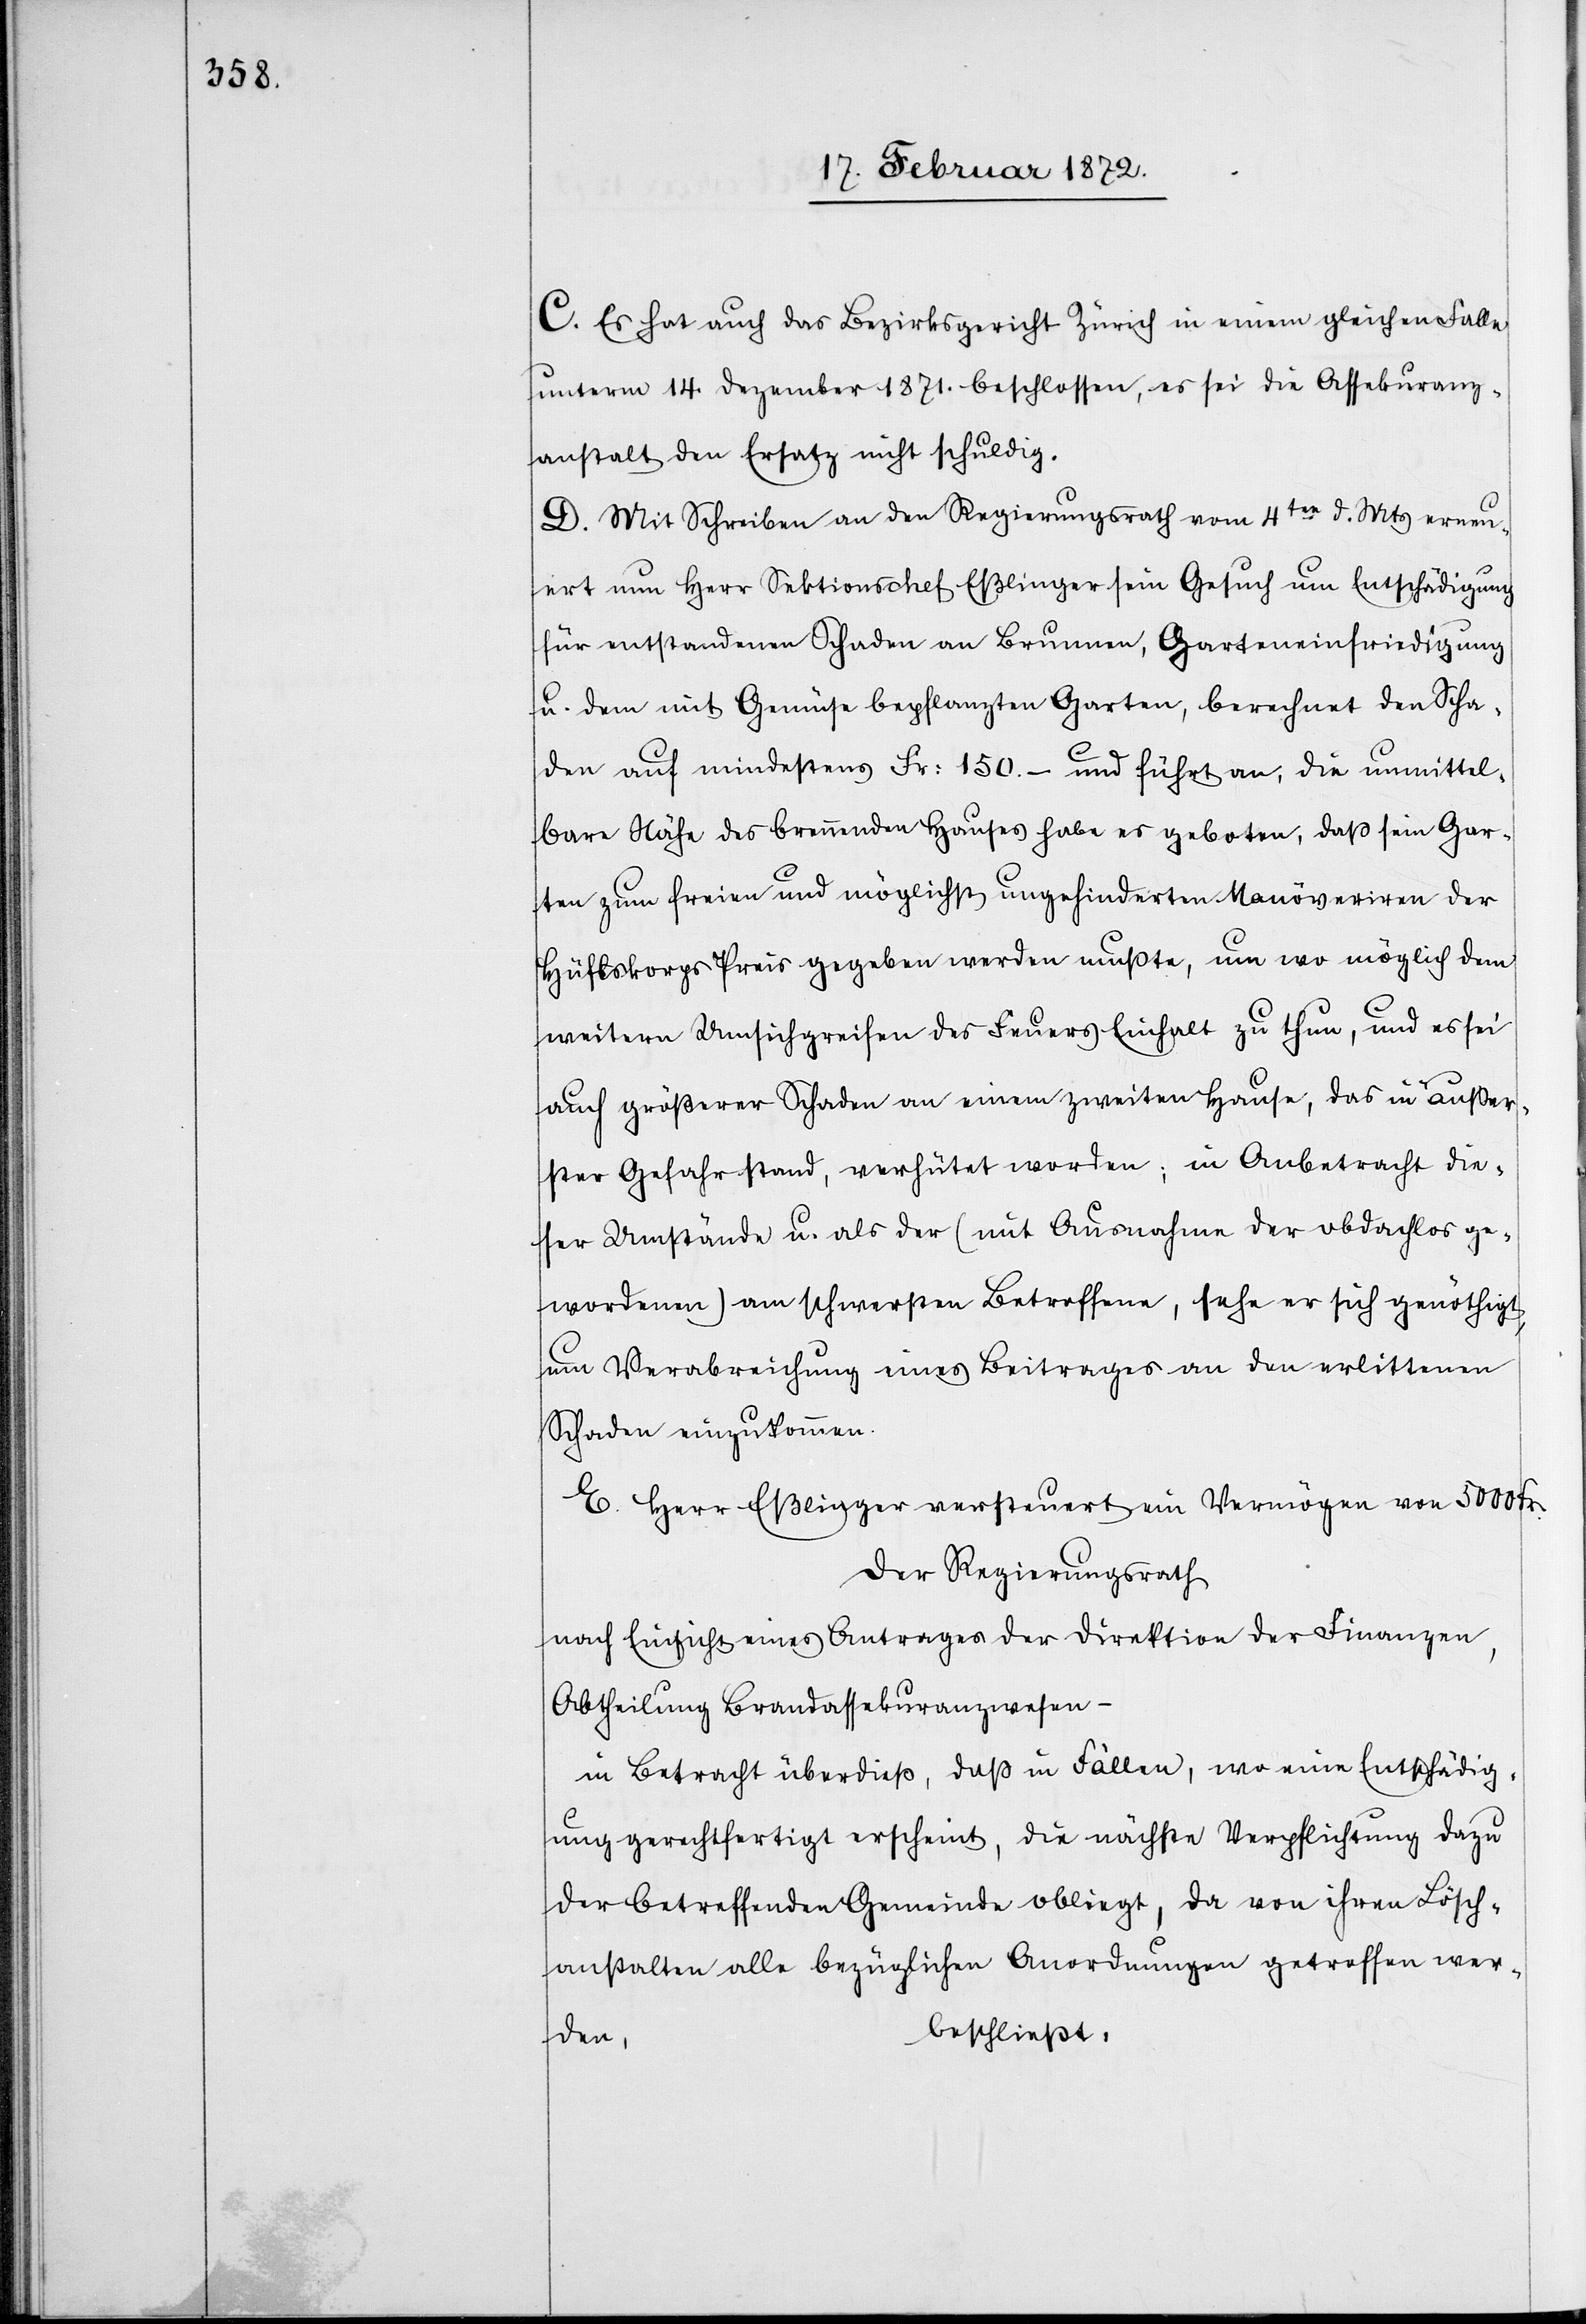
C. Es hat auch das Bezirksgericht Zürich in einem gleichen Falle
unterm 14 Dezember 1871. beschlossen, es sei die Assekuranz¬
anstalt den Ersatz nicht schuldig.
D. Mit Schreiben an den Regierungsrath vom 4ten d. Mts erneu¬
ert nun Herr Sektionschef Eßlinger sein Gesuch um Entschädigung
für entstandenen Schaden an Brunnen, Garteneinfriedigung
u. dem mit Gemüse bepflanzten Garten, berechnet den Scha¬
den auf mindestens Fr. 150.- und führt an, die unmittel¬
bare Nähe des brennenden Hauses habe es geboten, daß sein Gar¬
ten zum freien und möglichst ungehinderten Manöveriren der
Hülfskorps Preis gegeben werden mußte, um wo möglich dem
weitern Umsichgreifen des Feuers Einhalt zu thun, und es sei
auch größerer Schaden an einem zweiten Hause, das in äußer¬
ster Gefahr stand, verhütet worden; in Anbetracht die¬
ser Umstände u. als der (mit Ausnahme der obdachlos ge¬
wordenen) am schwersten Betroffene sehe er sich genöthigt,
um Verabreichung eines Beitrages an den erlittenen
Schaden einzukommen.
E. Herr Eßlinger versteuert ein Vermögen von 5000 Fr.
Der Regierungsrath
nach Einsicht eines Antrages der Direktion der Finanzen,
Abtheilung Brandassekuranzwesen
in Betracht überdieß, daß in Fällen, wo eine Entschädig¬
ung gerechtfertigt erscheint, die nächste Verpflichtung dazu
der betreffenden Gemeinde obliegt, da von ihren Lösch¬
anstalten alle bezüglichen Anordnungen getroffen wer¬
beschließt,
den,